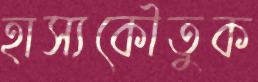
হাস্যকৌতুক